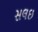
સલઇ